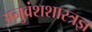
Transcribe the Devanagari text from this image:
अनुवंशशास्त्रज्ञ